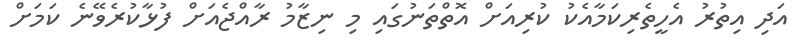
އަދި އިތުރު އެހީތެރިކަމާއެކު ކުރިއަށް އޮތްތަނުގައި މި ނިޒާމު ރާއްޖެއަށް ފުޅާކުރެވޭނެ ކަމަށް